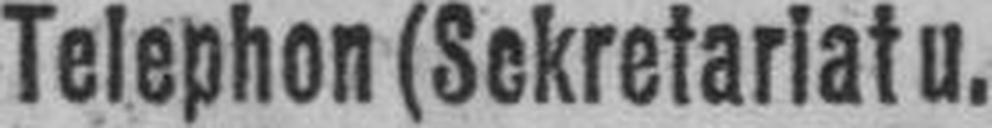
Telephon (Sekretariat u.